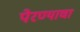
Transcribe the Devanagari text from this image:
पेरण्याचा